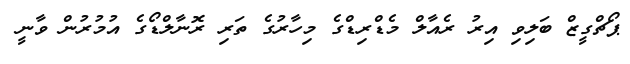
ޕޯޗްގީޒް ބަލިވި އިރު ރެއާލް މެޑްރިޑްގެ މިހާރުގެ ތަރި ރޮނާލްޑޯގެ އުމުރުން ވާނީ